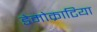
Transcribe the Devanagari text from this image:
डेमोक्राटिया